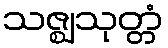
သဇ္ဈသုတ္တံ